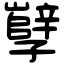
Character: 孼